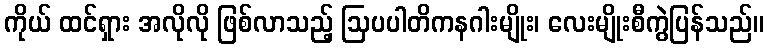
ကိုယ် ထင်ရှား အလိုလို ဖြစ်လာသည့် ဩပပါတိကနဂါးမျိုး၊ လေးမျိုးစီကွဲပြန်သည်။